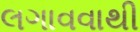
લગાવવાથી